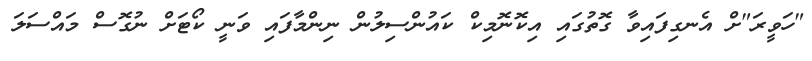
"ހަވީރަ"ށް އެނގިފައިވާ ގޮތުގައި އިކޮނޮމިކް ކައުންސިލުން ނިންމާފައި ވަނީ ކޯޓަށް ނުގޮސް މައްސަލަ